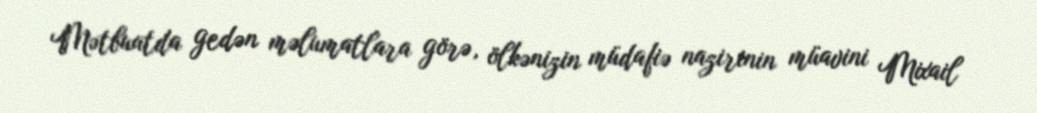
Mətbuatda gedən məlumatlara görə, ölkənizin müdafiə nazirinin müavini Mixail